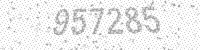
Solution: 957285